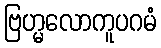
ဗြဟ္မလောကူပဂမံ